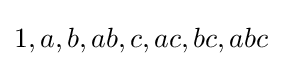
1,a,b,ab,c,ac,bc,abc